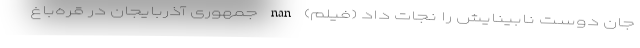
جان دوست نابینایش را نجات داد (فیلم) nan جمهوری آذربایجان در قره‌باغ